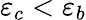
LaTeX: \varepsilon_{c}<\varepsilon_{b}